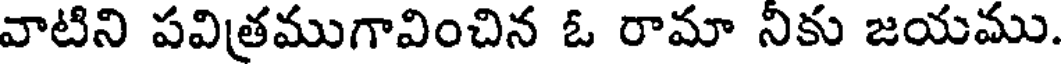
వాటిని పవిత్రముగావించిన ఓ రామా నికు జయము.